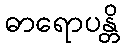
ဓာရောပန္တိ